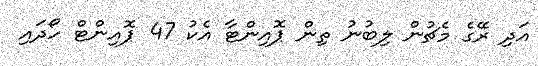
އަދި ރޭގެ މެޗުން ލިބުނު ތިން ޕޮއިންޓާ އެކު 47 ޕޮއިންޓް ހޯދައި